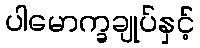
ပါမောက္ခချုပ်နှင့်